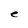
Character: e